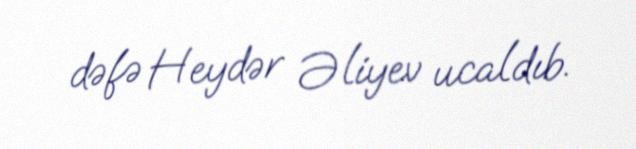
dəfə Heydər Əliyev ucaldıb.